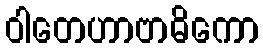
ဝါတေဟာဗာဓိကော